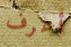
أعرف